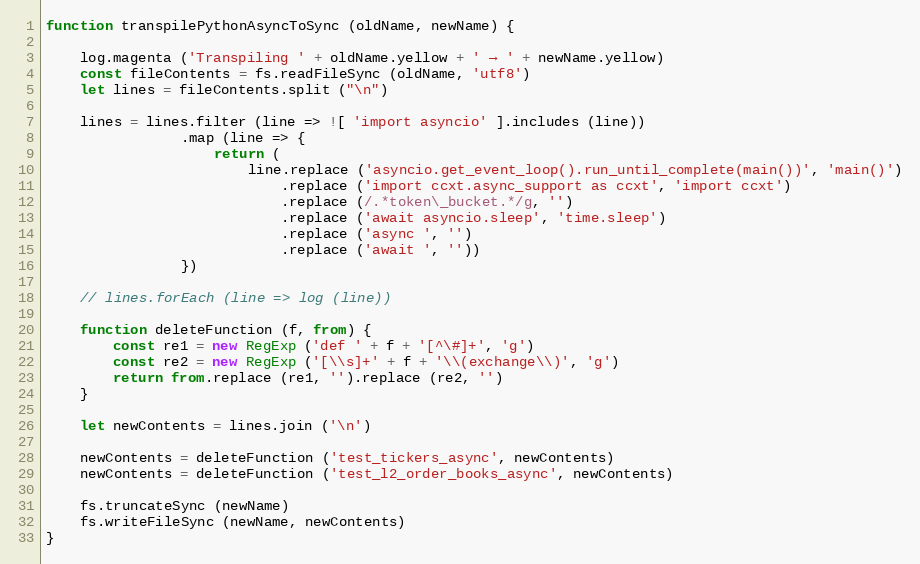
Language: JavaScript
function transpilePythonAsyncToSync (oldName, newName) {

    log.magenta ('Transpiling ' + oldName.yellow + ' → ' + newName.yellow)
    const fileContents = fs.readFileSync (oldName, 'utf8')
    let lines = fileContents.split ("\n")

    lines = lines.filter (line => ![ 'import asyncio' ].includes (line))
                .map (line => {
                    return (
                        line.replace ('asyncio.get_event_loop().run_until_complete(main())', 'main()')
                            .replace ('import ccxt.async_support as ccxt', 'import ccxt')
                            .replace (/.*token\_bucket.*/g, '')
                            .replace ('await asyncio.sleep', 'time.sleep')
                            .replace ('async ', '')
                            .replace ('await ', ''))
                })

    // lines.forEach (line => log (line))

    function deleteFunction (f, from) {
        const re1 = new RegExp ('def ' + f + '[^\#]+', 'g')
        const re2 = new RegExp ('[\\s]+' + f + '\\(exchange\\)', 'g')
        return from.replace (re1, '').replace (re2, '')
    }

    let newContents = lines.join ('\n')

    newContents = deleteFunction ('test_tickers_async', newContents)
    newContents = deleteFunction ('test_l2_order_books_async', newContents)

    fs.truncateSync (newName)
    fs.writeFileSync (newName, newContents)
}